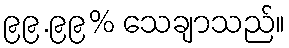
၉၉.၉၉% သေချာသည်။